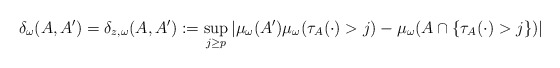
\begin{align*}\delta_\omega(A, A') = \delta_{z, \omega}(A, A'):=\sup_{j\ge p} \left|\mu_\omega(A')\mu_\omega(\tau_A(\cdot)>j) - \mu_\omega(A\cap \{\tau_A(\cdot)>j\})\right|\end{align*}